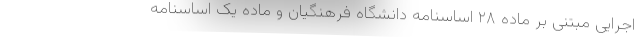
اجرایی مبتنی بر ماده ۲۸ اساسنامه دانشگاه فرهنگیان و ماده یک اساسنامه